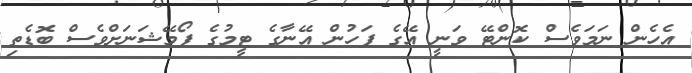
އެހެން ނަމަވެސް ކޮންޓޭ ވަނީ އޭގެ ފަހުން އޭނާގެ ޓީމުގެ ފޯމޭޝަނަށްވެސް ބޮޑެތި